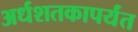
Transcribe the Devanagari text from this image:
अर्धशतकापर्यंत